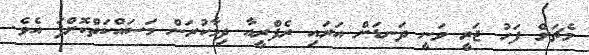
މެޗަށް ފަހު ޖަރީ ވަނީ ދަނޑަށް އަރައި ރެފްރީއާ ދިމާކުރަން މަސައްކަތްކޮށްފަ އެވެ.